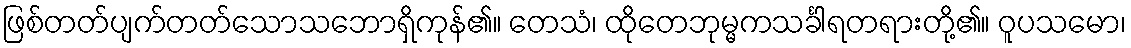
ဖြစ်တတ်ပျက်တတ်သောသဘောရှိကုန်၏။ တေသံ၊ ထိုတေဘုမ္မကသင်္ခါရတရားတို့၏။ ဝူပသမော၊